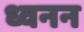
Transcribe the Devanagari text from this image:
ध्वनन